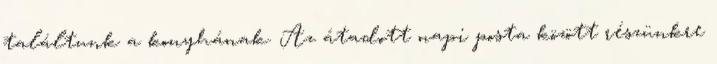
találtunk a konyhának. Az átadott napi posta között részünkre